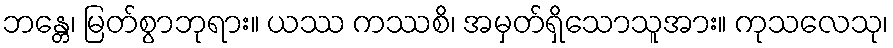
ဘန္တေ၊ မြတ်စွာဘုရား။ ယဿ ကဿစိ၊ အမှတ်ရှိသောသူအား။ ကုသလေသု၊